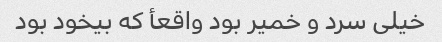
خیلى سرد و خمیر بود واقعأ که بیخود بود